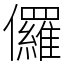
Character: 儸